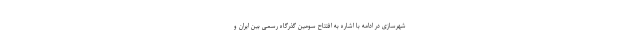
شهرسازی در ادامه با اشاره به افتتاح سومین گذرگاه رسمی بین ایران و